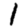
Digit: 1